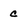
Character: c